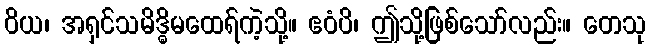
ဝိယ၊ အရှင်သမိဒ္ဓိမထေရ်ကဲ့သို့။ ဧဝံပိ၊ ဤသို့ဖြစ်သော်လည်း။ တေသု